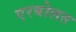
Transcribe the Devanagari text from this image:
एरबोलत